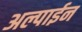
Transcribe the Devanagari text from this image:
अल्पाईन